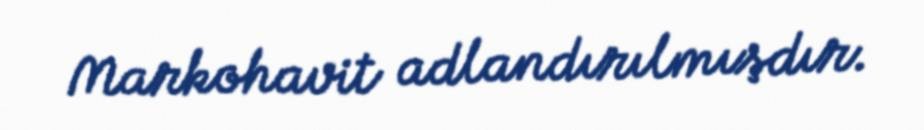
Markohavit adlandırılmışdır.